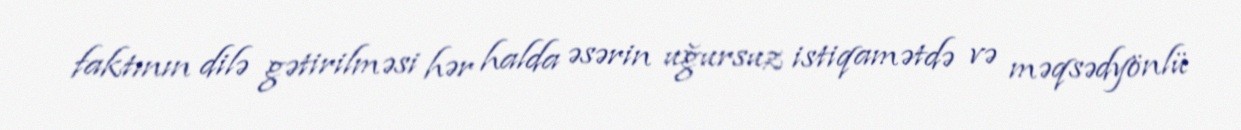
faktının dilə gətirilməsi hər halda əsərin uğursuz istiqamətdə və məqsədyönlü